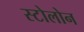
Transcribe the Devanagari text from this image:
स्टोलोन